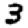
Digit: 3